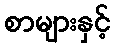
စာများနှင့်